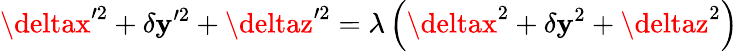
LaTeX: \deltax^{\prime2}+\delta\mathbf{y}^{\prime2}+\deltaz^{\prime2}=\lambda\left(\deltax^{2}+\delta\mathbf{y}^{2}+\deltaz^{2}\right)